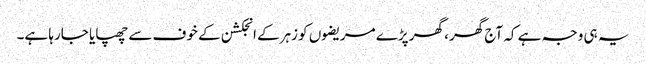
یہ ہی وجہ ہے کہ آج گھر، گھر پڑے مریضوں کو زہرکے انجکشن کے خوف سے چھپایا جارہا ہے۔